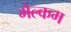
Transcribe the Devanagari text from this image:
मेल्‍कम